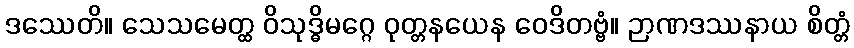
ဒဿေတိ။ သေသမေတ္ထ ဝိသုဒ္ဓိမဂ္ဂေ ဝုတ္တနယေန ဝေဒိတဗ္ဗံ။ ဉာဏဒဿနာယ စိတ္တံ